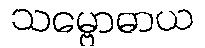
သမ္ဗောဓာယ